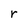
Character: r